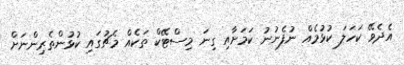
އެދެވޭ ކަހަލަ ކުޅުމެއް ނުފެނުނު ކަމަށާއި ގިނަ މިސްޓޭކް ތަކެއް މެޗުގައި ކުޅުންތެރިންނަށް